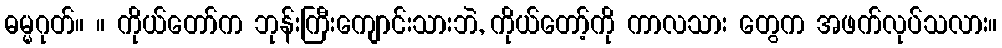
ဓမ္မဂုတ်။ ။ ကိုယ်တော်က ဘုန်းကြီးကျောင်းသားဘဲ, ကိုယ်တော့်ကို ကာလသား တွေက အဖက်လုပ်သလား။